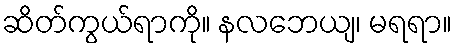
ဆိတ်ကွယ်ရာကို။ နလဘေယျ၊ မရရာ။